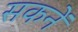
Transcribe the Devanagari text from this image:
सकनें